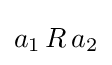
a_{1}\,R\,a_{2}